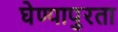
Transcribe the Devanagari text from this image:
घेण्यापुरता